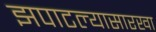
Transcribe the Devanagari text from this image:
झपाटल्यासारखा